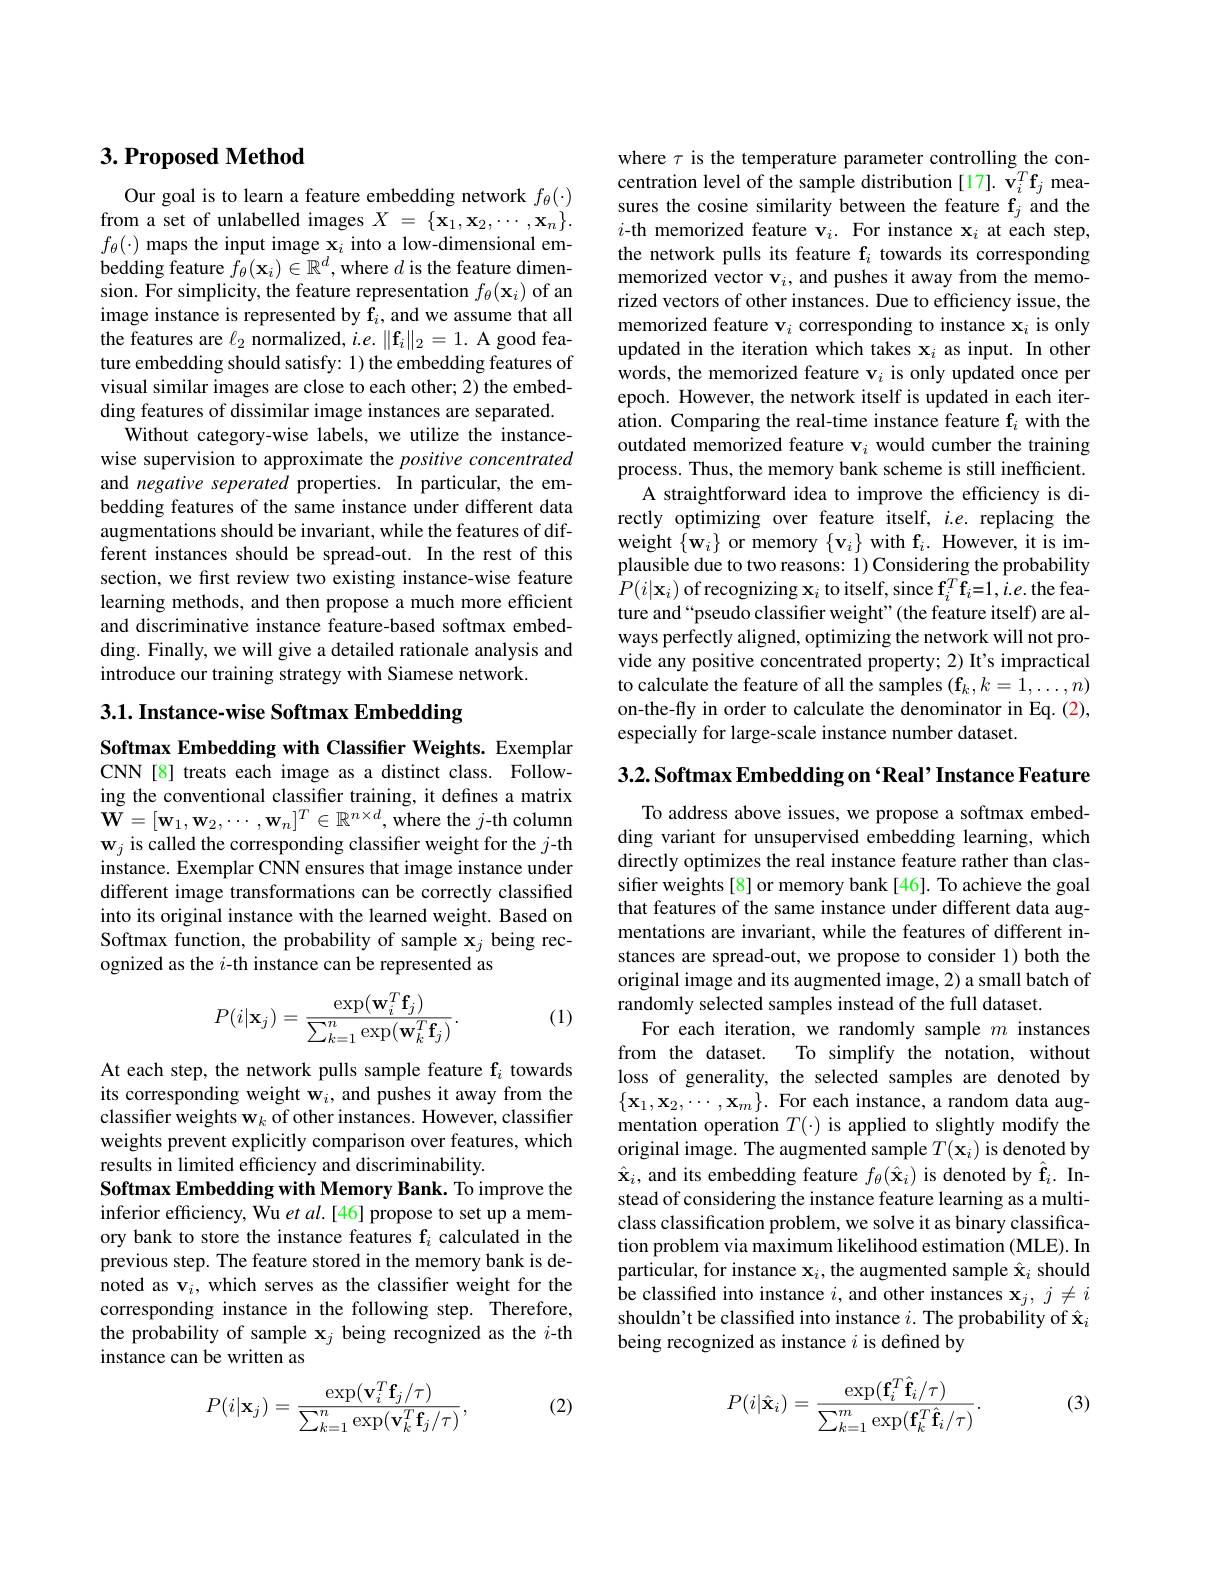
## $3. \textbf{Proposed Method}$

Our goal is to learn a feature embedding network $f_\theta(\cdot)$ from a set of unlabelled images $X$ = $\{ \mathbf{x} _{1}, \mathbf{x} _{2}, \cdots , \mathbf{x} _{n}\} .$ $f_\theta(\cdot)$ maps the input image $\mathbf{x}_i$ into a low-dimensional embedding feature $f_\theta(\mathbf{x}_i)\in\mathbb{R}^d$, where $d$ is the feature dimension. For simplicity, the feature representation $f_\theta(\mathbf{x}_i)$ of an image instance is represented by f$_i$, and we assume that all the features are $\ell_2$ normalized, $i.e.\|\mathbf{f}_i\|_2=1.$ A good feature embedding should satisfy: 1) the embedding features of visual similar images are close to each other; 2) the embedding features of dissimilar image instances are separated.
Without category-wise labels, we utilize the instancewise supervision to approximate the positive concentrated and negative seperated properties. In particular, the embedding features of the same instance under different data augmentations should be invariant, while the features of different instances should be spread-out. In the rest of this section, we first review two existing instance-wise feature learning methods, and then propose a much more efficient and discriminative instance feature-based softmax embedding. Finally, we will give a detailed rationale analysis and introduce our training strategy with Siamese network.

3.1. Instance-wise Softmax Embedding

Softmax Embedding with Classifier Weights. Exemplar CNN [8] treats each image as a distinct class. Following the conventional classifier training, it defines a matrix $\mathbf{W}=[\mathbf{w}_{1},\mathbf{w}_{2},\cdots,\mathbf{w}_{n}]^{T}\in\mathbb{R}^{n\times d}$,where the $j$-th column $\mathbf{w}_j$ is called the corresponding classifier weight for the $j$-th instance. Exemplar CNN ensures that image instance under different image transformations can be correctly classified into its original instance with the learned weight. Based on Softmax function, the probability of sample $\mathbf{x}_j$ being recognized as the $i$-th instance can be represented as

(1)
$$P(i|\mathbf{x}_j)=\frac{\exp(\mathbf{w}_i^T\mathbf{f}_j)}{\sum_{k=1}^n\exp(\mathbf{w}_k^T\mathbf{f}_j)}.$$
At each step, the network pulls sample feature fi towards its corresponding weight $\mathbf{w}_i$, and pushes it away from the classifier weights w$_k$ of other instances. However, classifier weights prevent explicitly comparison over features, which results in limited efficiency and discriminability.
Softmax Embedding with Memory Bank. To improve the inferior efficiency, Wu $etal.[46]$ propose to set up a memory bank to store the instance features $\mathrm{f}_i$ calculated in the previous step. The feature stored in the memory bank is denoted as v$_i$, which serves as the classifier weight for the corresponding instance in the following step. Therefore, the probability of sample $\mathbf{x}_j$ being recognized as the $i$-th instance can be written as

(2)
$$P(i|\mathbf{x}_j)=\frac{\exp(\mathbf{v}_i^T\mathbf{f}_j/\tau)}{\sum_{k=1}^n\exp(\mathbf{v}_k^T\mathbf{f}_j/\tau)},$$
where $\tau$ is the temperature parameter controlling the concentration level of the sample distribution [17]. $\mathbf{v}_i^T\mathbf{f}_j$ measures the cosine similarity between the feature f$_j$ and the $i$-th memorized feature v$_i.$ For instance x$_i$ at each step, the network pulls its feature $\mathbf{f}_i$ towards its corresponding memorized vector v$_i$, and pushes it away from the memorized vectors of other instances. Due to efficiency issue, the memorized feature v$_i$ corresponding to instance x$_i$ is only updated in the iteration which takes $\mathbf{x}_i$ as input. In other words, the memorized feature v$_i$ is only updated once per epoch. However, the network itself is updated in each iteration. Comparing the real-time instance feature f$_i$ with the outdated memorized feature v$_i$ would cumber the training process. Thus, the memory bank scheme is still inefficient.
A straightforward idea to improve the efficiency is directly optimizing over feature itself, $i.e.$ replacing the weight $\{\mathbf{w}_{i}\}$ or memory $\{\mathbf{v}_{i}\}$ with f$_i.$ However, it is implausible due to two reasons: 1) Considering the probability $P(i|\mathbf{x}_{i})$ of recognizing $\mathbf{x}_i$ to itself, since $\mathbf{f}_i^T\mathbf{f}_i=1,i.e.$the feature and“pseudo classifier weight"(the feature itself) are always perfectly aligned, optimizing the network will not provide any positive concentrated property; 2) It's impractical to calculate the feature of all the samples $(\mathbf{f}_k,k=1,\ldots,n)$ on-the-fly in order to calculate the denominator in Eq. (2), especially for large-scale instance number dataset.

3.2. Softmax Embedding on ‘Real’ Instance Feature

To address above issues, we propose a softmax embedding variant for unsupervised embedding learning, which directly optimizes the real instance feature rather than classifer weights [8] or memory bank [46]. To achieve the goal that features of the same instance under different data augmentations are invariant, while the features of different instances are spread-out, we propose to consider 1) both the original image and its augmented image, 2) a small batch of randomly selected samples instead of the full dataset
For each iteration, we randomly sample $m$ instances
from the dataset.
To simplify the notation, without
loss of generality, the selected samples are denoted by $\{\mathbf{x}_1,\mathbf{x}_2,\cdots,\mathbf{x}_m\}.$ For each instance, a random data augmentation operation $T(\cdot)$ is applied to slightly modify the original image. The augmented sample $T(\mathbf{x}_i)$ is denoted by $\hat{\mathbf{x}}_{i}$, and its embedding feature $f_\theta(\hat{\mathbf{x}}_{i})$ is denoted by $\hat{\mathbf{f}}_{i}.$ Instead of considering the instance feature learning as a multiclass classification problem, we solve it as binary classification problem via maximum likelihood estimation (MLE). In particular, for instance $\mathbf{x}_i$,the augmented sample $\hat{\mathbf{x}}_i$ should be classified into instance $i$, and other instances $\mathbf{x}_j,j\neq i$ shouldn't be classified into instance $i.$ The probability of $\hat{\mathbf{x}}_i$ being recognized as instance $i$ is defined by

(3)
$$P(i|\hat{\mathbf{x}}_i)=\frac{\exp(\mathbf{f}_i^T\hat{\mathbf{f}}_i/\tau)}{\sum_{k=1}^m\exp(\mathbf{f}_k^T\hat{\mathbf{f}}_i/\tau)}.$$